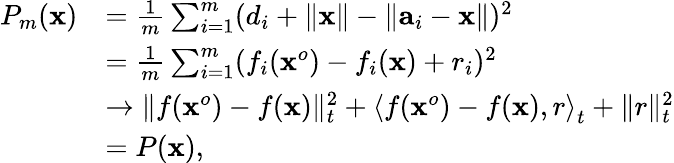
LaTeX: \begin{array}{rl}{P_{m}({\mathbf x})}&{=\frac{1}{m}\sum_{i=1}^{m}(d_{i}+\| {\mathbf x}\| -\| {\mathbf a}_{i}-{\mathbf x}\| )^{2}}\\ &{=\frac{1}{m}\sum_{i=1}^{m}(f_{i}({\mathbf x}^{o})-f_{i}({\mathbf x})+r_{i})^{2}}\\ &{\rightarrow\| f({\mathbf x}^{o})-f({\mathbf x})\| _{t}^{2}+\left\langle f({\mathbf x}^{o})-f({\mathbf x}),r\right\rangle_{t}+\| r\| _{t}^{2}}\\ &{=P({\mathbf x}),}\end{array}